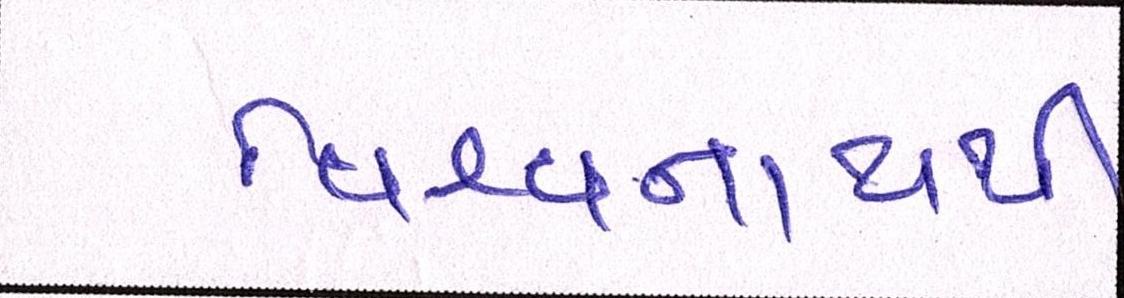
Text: વિશ્વનાથથી